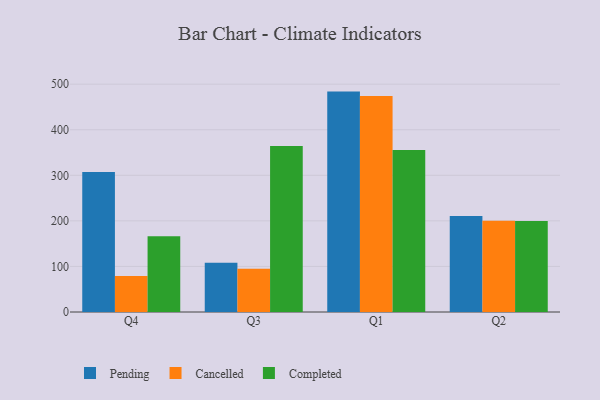
{"axis": {"x": "Quarter", "y": "Net Income (USD K)"}, "legend": ["Cancelled", "Completed", "Pending"], "data": [{"x": "Q4", "y": 307.1, "type": "Pending"}, {"x": "Q4", "y": 79.0, "type": "Cancelled"}, {"x": "Q4", "y": 166.3, "type": "Completed"}, {"x": "Q3", "y": 107.9, "type": "Pending"}, {"x": "Q3", "y": 94.8, "type": "Cancelled"}, {"x": "Q3", "y": 364.1, "type": "Completed"}, {"x": "Q1", "y": 483.7, "type": "Pending"}, {"x": "Q1", "y": 474.2, "type": "Cancelled"}, {"x": "Q1", "y": 355.8, "type": "Completed"}, {"x": "Q2", "y": 210.5, "type": "Pending"}, {"x": "Q2", "y": 200.1, "type": "Cancelled"}, {"x": "Q2", "y": 199.8, "type": "Completed"}]}